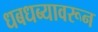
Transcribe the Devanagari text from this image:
धबधब्यावरून